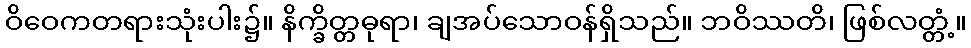
ဝိဝေကတရားသုံးပါး၌။ နိက္ခိတ္တဓုရာ၊ ချအပ်သောဝန်ရှိသည်။ ဘဝိဿတိ၊ ဖြစ်လတ္တံ့။